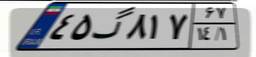
۴۵گ۸۱۷۶۷